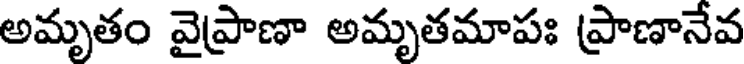
అమృతం వైప్రాణా అమృతమాపః ప్రాణానేవ